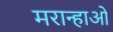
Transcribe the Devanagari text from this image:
मरान्हाओ